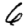
Digit: 6